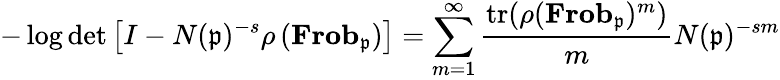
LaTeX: -\log\operatorname*{det}\left[I-N({\mathfrak{p}})^{-s}\rho\left(\mathbf{Frob}_{\mathfrak{p}}\right)\right]=\sum_{m=1}^{\infty}{\frac{{\mathrm{tr}}(\rho(\mathbf{Frob}_{\mathfrak{p}})^{m})}{m}}N({\mathfrak{p}})^{-sm}